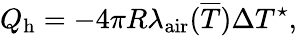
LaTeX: Q_{\mathrm{h}}=-4\pi R\lambda_{\mathrm{air}}({\overline{T}})\Delta T^{\star},